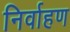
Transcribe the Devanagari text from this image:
निर्वाहण